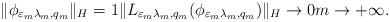
LaTeX: \begin{align*}\|\phi_{\varepsilon_{m}\lambda_{m},q_{m}}\|_{H}=1\|L_{\varepsilon_{m}\lambda_{m},q_{m}}(\phi_{\varepsilon_{m}\lambda_{m},q_{m}})\|_{H}\rightarrow0m\rightarrow+\infty.\end{align*}